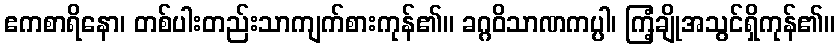
ဧကစာရိနော၊ တစ်ပါးတည်းသာကျက်စားကုန်၏။ ခဂ္ဂဝိသာဏကပ္ပါ၊ ကြံ့ချိုအသွင်ရှိကုန်၏။